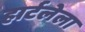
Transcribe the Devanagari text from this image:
हार्टलेला